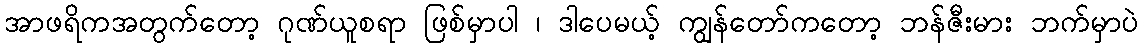
အာဖရိကအတွက်တော့ ဂုဏ်ယူစရာ ဖြစ်မှာပါ ၊ ဒါပေမယ့် ကျွန်တော်ကတော့ ဘန်ဇီးမား ဘက်မှာပဲ